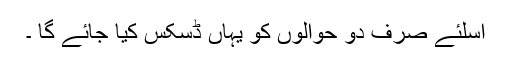
اسلئے صرف دو حوالوں کو یہاں ڈسکس کیا جائے گا ۔